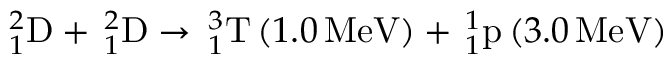
_ { 1 } ^ { 2 } \mathrm { D } + \, _ { 1 } ^ { 2 } \mathrm { D } \rightarrow \, _ { 1 } ^ { 3 } \mathrm { T } \left( 1 . 0 \, \mathrm { M e V } \right) + \, _ { 1 } ^ { 1 } \mathrm { p } \left( 3 . 0 \, \mathrm { M e V } \right)